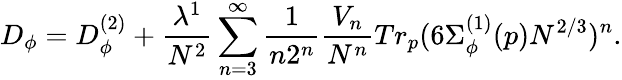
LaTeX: D_{\phi}=D_{\phi}^{(2)}+\frac{\lambda^{1}}{N^{2}}\sum_{n=3}^{\infty}\frac{1}{n2^{n}}\frac{V_{n}}{N^{n}}Tr_{p}(6\Sigma_{\phi}^{(1)}(p)N^{2/3})^{n}.